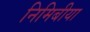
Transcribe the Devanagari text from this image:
निमिबीया